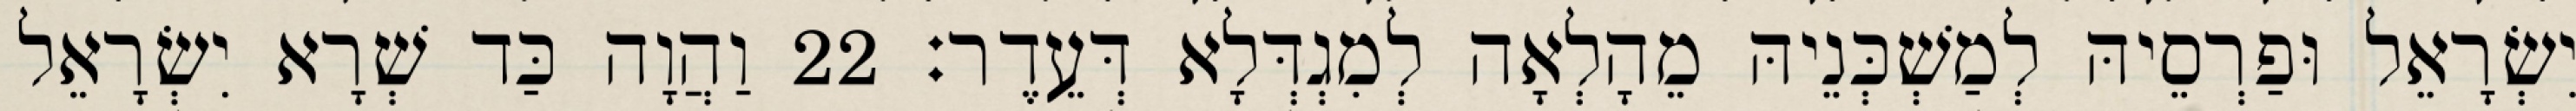
יִשְׂרָאֵל וּפַרְסֵיהּ לְמַשְׁכְּנֵיהּ מֵהָלְאָה לְמִגְדְּלָא דְּעֵדֶר׃ 22 וַהֲוָה כַּד שְׁרָא יִשְׂרָאֵל